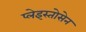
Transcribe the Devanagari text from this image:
प्लेइस्तोसेन